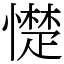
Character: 憷